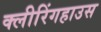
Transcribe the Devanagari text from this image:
क्लीरिंगहाउस